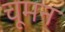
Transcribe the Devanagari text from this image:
चूमन